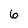
Character: 6